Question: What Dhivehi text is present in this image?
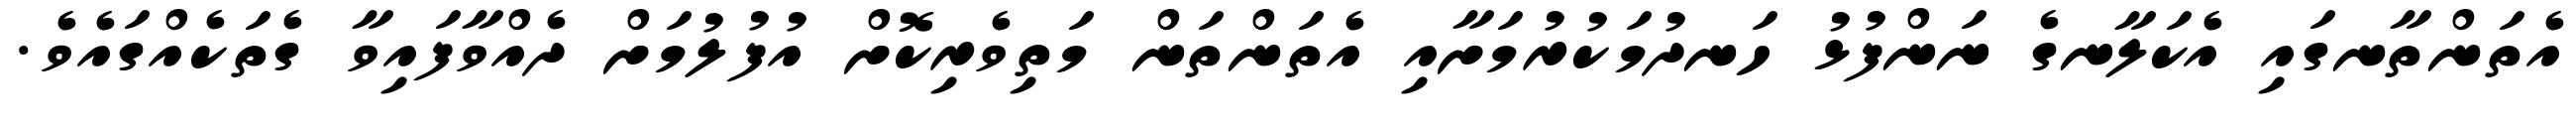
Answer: އެތަންތާނގައި އެކަލާނގެ ނަންފުޅު ހަނދުމަކުރުމަށާއި އެތަންތަން މަތިވެރިކޮށް އުފުލުމަށް ދެއްވާފައިވާ ގެތަކެއްގައެވެ.